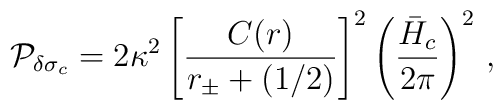
{\cal P}_{\delta\sigma_c} = 2\kappa^2 \left[{C(r)\over r_\pm+(1/2)}\right]^2 \left( {\bar{H}_c \over 2\pi} \right)^2 \, ,